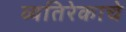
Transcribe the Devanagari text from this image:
व्यतिरेकाचे